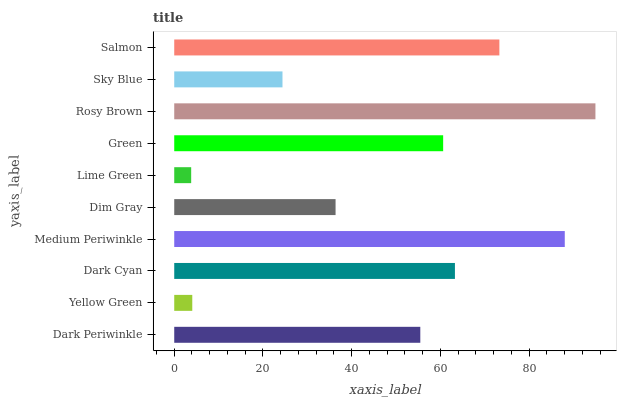
| yaxis_label | bars |
 | --- | --- |
 | Dark Periwinkle | 55.5 |
 | Yellow Green | 4.07 |
 | Dark Cyan | 63.3 |
 | Medium Periwinkle | 88 |
 | Dim Gray | 36.4 |
 | Lime Green | 3.82 |
 | Green | 60.6 |
 | Rosy Brown | 94.9 |
 | Sky Blue | 24.4 |
 | Salmon | 73.3 |